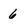
Character: 6